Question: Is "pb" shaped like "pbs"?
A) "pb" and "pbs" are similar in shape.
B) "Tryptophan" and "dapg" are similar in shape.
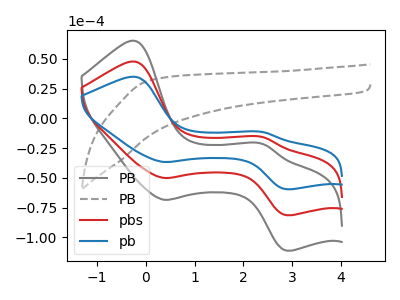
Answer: <think>The gray curve "PB" has anodic peaks at (-0.25V, 95.35uA) (2.40V, -31.55uA) and cathodic peaks at (0.40V, -100.25uA) (2.90V, -162.85uA). The gray dashed curve "PB" has no peaks. The red curve "pbs" has anodic peaks at (-0.25V, 47.70uA) (2.40V, -15.75uA) and cathodic peaks at (0.40V, -50.15uA) (2.90V, -81.40uA). The blue curve "pb" has anodic peaks at (-0.25V, 34.90uA) (2.40V, -11.55uA) and cathodic peaks at (0.40V, -36.70uA) (2.90V, -59.60uA).
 All the peaks in "pb" have a peak in "pbs" at the same potential.</think>
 <answer>A) "pb" and "pbs" are similar in shape.</answer>
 <eval>A</eval>